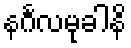
နင်္ဂလမုခါနိ